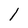
Character: 1